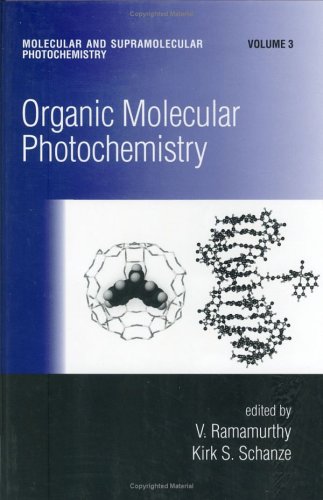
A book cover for Organic Molecular Photochemistry (Molecular and Supramolecular Photochemistry); Science & Math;